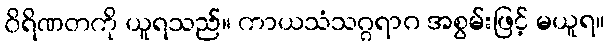
ဝိရိဏတကို ယူရသည်။ ကာယသံသဂ္ဂရာဂ အစွမ်းဖြင့် မယူရ။